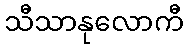
သီသာနုလောကီ